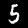
Label: 5